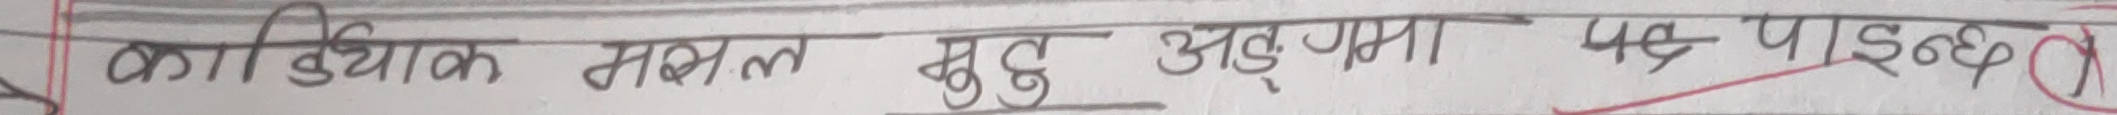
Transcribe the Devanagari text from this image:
कायिक मसल मुद्द अङ्गमा ४६ पाइन्छ